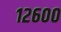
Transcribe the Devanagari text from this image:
१२६००